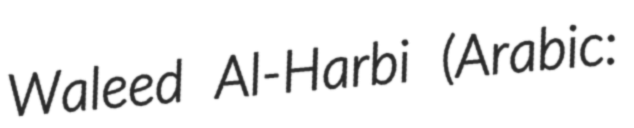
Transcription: Waleed Al-Harbi (Arabic: